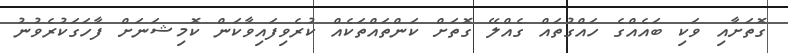
ގޮތަށާއި ވަކި ބައެއްގެ ހައްގުތައް ގެއްލޭ ގޮތަށް ކަންތައްތަކެއް ކުރެވިފައިވާކަން ކޮމިޝަނަށް ފާހަގަކުރެވުނު